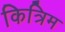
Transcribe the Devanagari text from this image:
कित्रिम